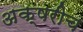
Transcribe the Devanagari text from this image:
अक्षरीच